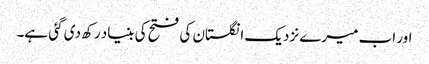
اور اب میرے نزدیک انگلستان کی فتح کی بنیاد رکھ دی گئی ہے۔